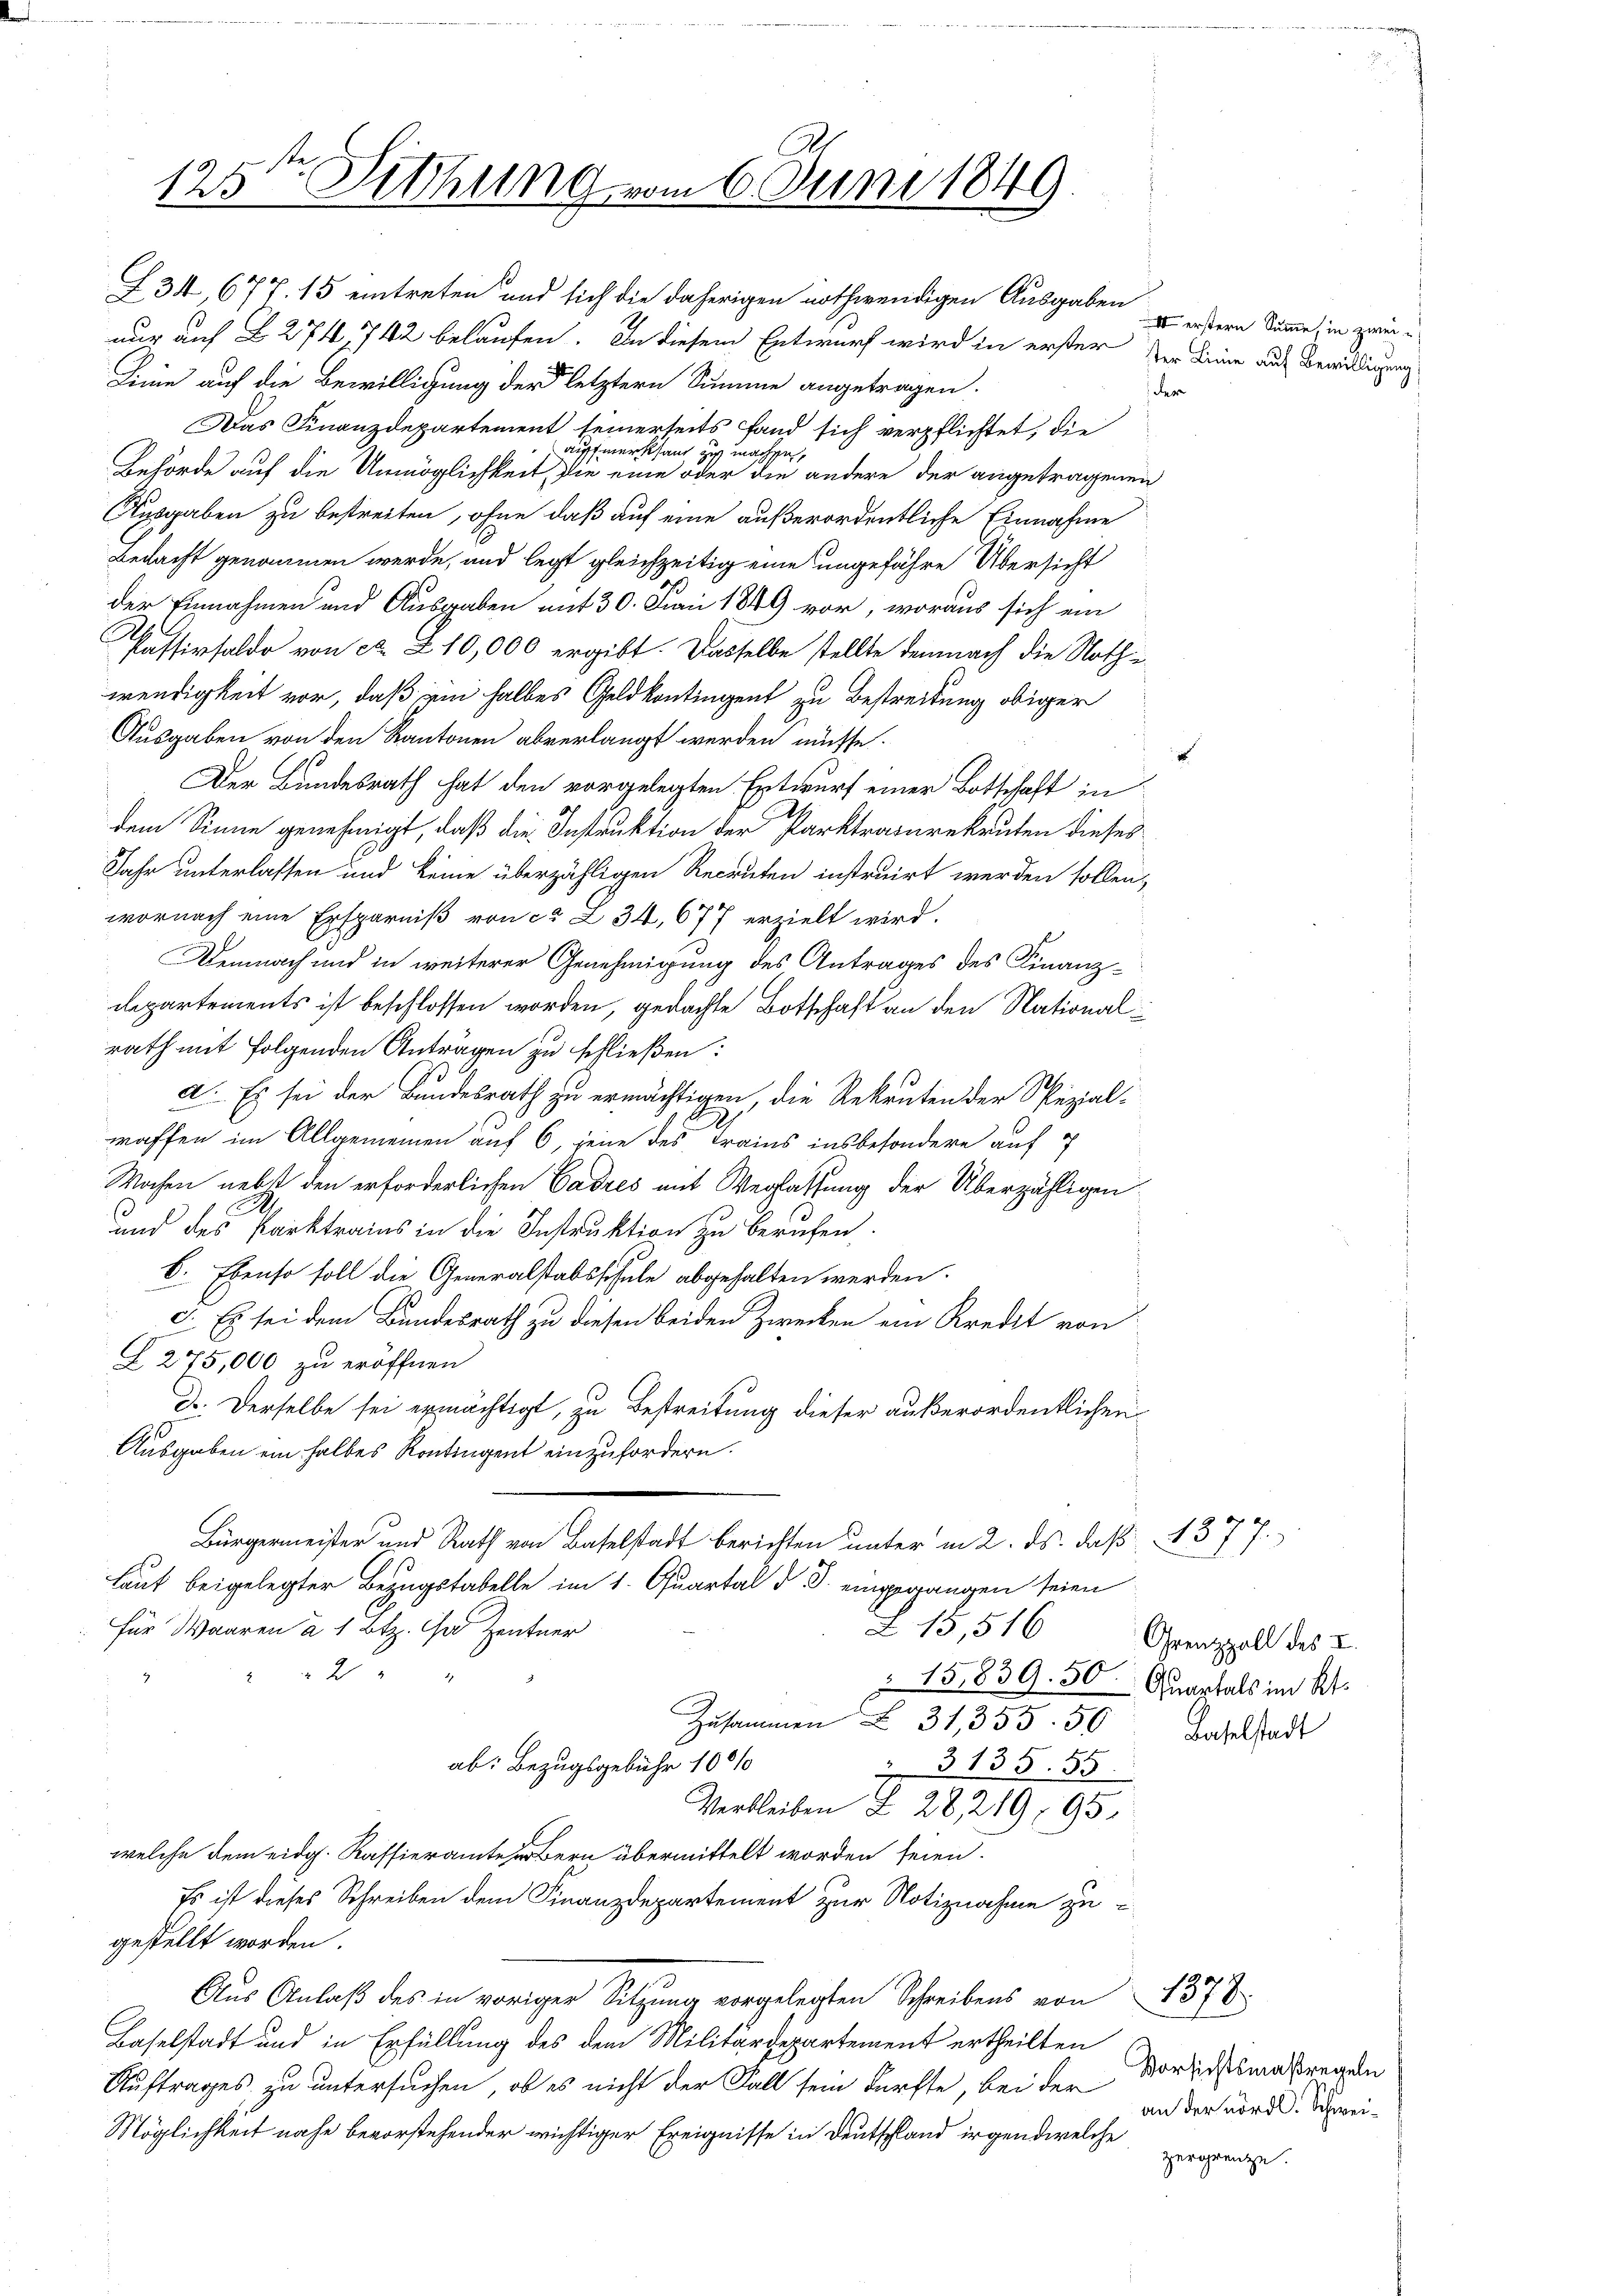
§ 34, 677. 15 eintreten und sich die daherigen nothwendigen Ausgaben zu ordern komme, in zwei
nur auf § 274, 742 belaufen. In diesem Entwurf wird in erster der Linie auf Bewilligung
Linie auf die Bewilligung der letztern Summe angetragen.
der
Das Finanzdepartement seinerseits fand sich verpflichtet, die
aufmerksam zu machen
Behörde auf die Unmöglichkeit, die eine oder die andere der angetragenen
Ausgaben zu bestreiten, ohne daß auf eine außerordentliche Einnahme
Bedacht genommen werde, und legt gleichzeitig eine ungefähre Übersicht
der Einnahmen und Ausgaben mit 30. Juni 1849 vor, woraus sich ein
Passivsaldo von ca. Z. 10,000 ergibt. Dasselbe stellte demnach die Nothwendigkeit vor, daß ein halbes Geld kontingent zu Bestreitung obiger
Ausgaben von den Kantonen abverlangt werden müsse.
Der Bundesrath hat den vorgelegten Entwurf einer Botschaft in
dem Sinne genehmigt, daß die Instruktion der Parktraturekruten dieses
Jahr unterlassen und keine überzähligen Recruten instruirt werden sollen,
wornach eine Ersparniß von ca L 34, 677 erzielt wird.
Demnach und in weiterer Genehmigung des Antrages des Finanzdepartements ist beschlossen worden, gedachte Botschaft an den Nationalrath mit folgenden Anträgen zu schließen:
a. Es sei der Bundesrath zu ermächtigen, die Rekruten der Spezial-
waffen im Allgemeinen auf 6, jene des Trains insbesondere auf
Wochen nebst den erforderlichen Cadres mit Weglassung der Überzähligen
.
und des Parktrains in die Instruktion zu berufen.
6. Ebenso soll die Generalstabsschule abgehalten werden.
c. Es sei dem Bundesrath zu diesen beiden Zwecken ein Kredit von
Z 275,000 zu eröffnen
D. Derselbe sei ermächtigt, zu Bestreitung dieser außerordentlichen
Ausgaben ein halbes Kontingent einzufordern.
Bürgermeister und Rath von Baselstadt berichten unter in 2. ds. daß 1377.
laut beigelegter Bezugstabelle im 1. Quartal d. J. einsprangen seien
für Waaren à 1 Btz. Cha Zentner
L. 15,516
2 " "
15,839. 50 Raphals im Kt.
Zusammen  31, 355. 50 Baselstadt
ab: Bezugsgebühr 100%
3135. 55
Verbleiben § 28, 219, 195
welche dem eidg. Kassieramte Bern übermittelt worden seien.
Es ist dieses Schreiben dem Finanzdepartement zur Notiznahme zugestellt worden.
Aus Anlaß des in voriger Sitzung vorgelegten Schreibens von 1378
Baselstadt und in Erfüllung des dem Militärdepartement ertheilten
Auftrages zu untersuchen, ob es nicht der Fall sein dürfte, bei der
Möglichkeit nahe bevorstehender wichtiger Ereignisse in Deutschland irgend welche

125ten Sitzung vom 6. Juni 1849.

Orenzzoll des I.

Vorsichtsmaßregeln
an der nördl. Schweizergrenze.